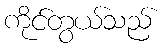
ကိုင်တွယ်သည်